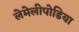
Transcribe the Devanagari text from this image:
लेमेलीपोडिया